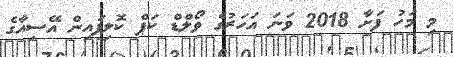
މި މަހު ފަށާ 2018 ވަނަ އަހަރުގެ ވޯލްޑް ކަޕް ކޮލިފައިން އޭސިއާގެ